Malaria in India - Number 2
Disease focus: Malaria
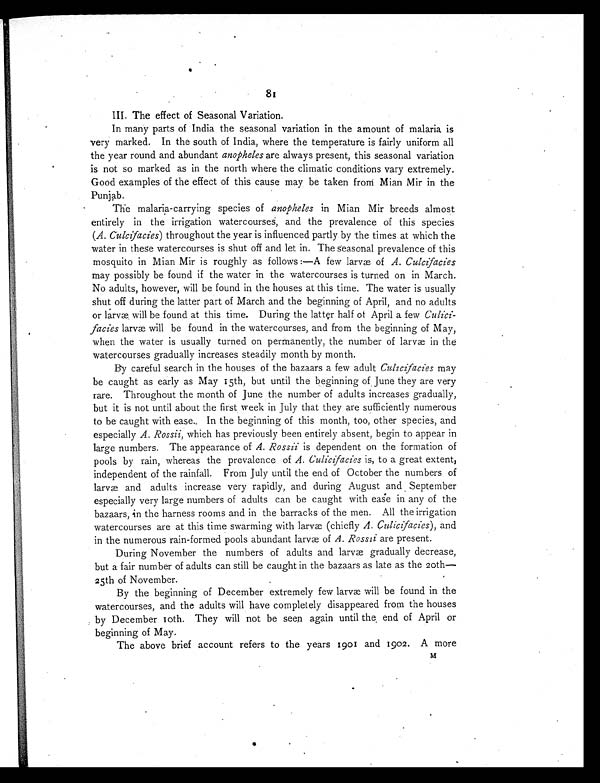
81
III. The effect of Seasonal Variation.
In many parts of India the seasonal variation in the amount of malaria is
very marked. In the south of India, where the temperature is fairly uniform all
the year round and abundant anopheles are always present, this seasonal variation
is not so marked as in the north where the climatic conditions vary extremely.
Good examples of the effect of this cause may be taken from Mian Mir in the
Punjab.
The malaria-carrying species of anopheles in Mian Mir breeds almost
entirely in the irrigation watercourses, and the prevalence of this species
(A. Culcifacies) throughout the year is influenced partly by the times at which the
water in these watercourses is shut off and let in. The seasonal prevalence of this
mosquito in Mian Mir is roughly as follows :—A few larvæ of A. Culcifacies
may possibly be found if the water in the watercourses is turned on in March.
No adults, however, will be found in the houses at this time. The water is usually
shut off during the latter part of March and the beginning of April, and no adults
or larvæ will be found at this time. During the latter half of April a few Culici-
facies larvæ will be found in the watercourses, and from the beginning of May,
when the water is usually turned on permanently, the number of larvæ in the
watercourses gradually increases steadily month by month.
By careful search in the houses of the bazaars a few adult Culicifacies may
be caught as early as May 15th, but until the beginning of June they are very
rare. Throughout the month of June the number of adults increases gradually,
but it is not until about the first week in July that they are sufficiently numerous
to be caught with ease. In the beginning of this month, too, other species, and
especially A. Rossii, which has previously been entirely absent, begin to appear in
large numbers. The appearance of A. Rossii is dependent on the formation of
pools by rain, whereas the prevalence of A. Culicifacies is, to a great extent,
independent of the rainfall. From July until the end of October the numbers of
larvæ and adults increase very rapidly, and during August and September
especially very large numbers of adults can be caught with ease in any of the
bazaars, in the harness rooms and in the barracks of the men. All the irrigation
watercourses are at this time swarming with larvæ (chiefly A. Culicifacies), and
in the numerous rain-formed pools abundant larvæ of A. Rossii are present.
During November the numbers of adults and larvæ gradually decrease,
but a fair number of adults can still be caught in the bazaars as late as the 20th
— 2 5 t h o f N o v e m b e r .
By the beginning of December extremely few larvæ will be found in the
watercourses, and the adults will have completely disappeared from the houses
by December 10th. They will not be seen again until the end of April or
beginning of May.
The above brief account refers to the years 1901 and 1902. A more